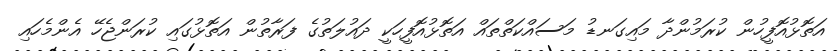
އަތޮޅުއޮފީހުން ކުރަމުންދާ މައިގަނޑު މަސައްކަތްތައް އަތޮޅުއޮފީހަކީ ދައުލަތުގެ ފަރާތުން އަތޮޅުގައި ކުރަންޖެހޭ އެންމެހައި